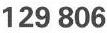
129 806